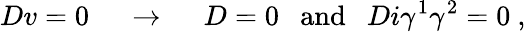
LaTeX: Dv=0~~~~~\rightarrow~~~~~D=0~~~\mathrm{and}~~~Di\gamma^{1}\gamma^{2}=0~,